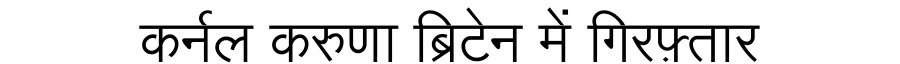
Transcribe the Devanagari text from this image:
कर्नल करुणा ब्रिटेन में गिरफ़्तार